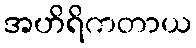
အဟိရိကတာယ